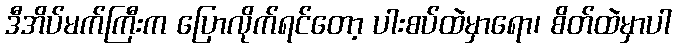
ဒီအိပ်မက်ကြီးက ပြောလိုက်ရင်တော့ ပါးစပ်ထဲမှာရော၊ စိတ်ထဲမှာပါ